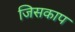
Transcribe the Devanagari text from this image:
जिसकाप